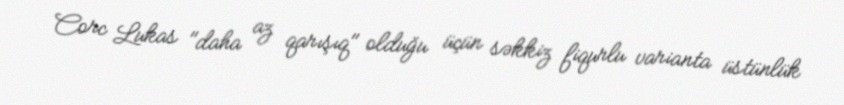
Corc Lukas "daha az qarışıq" olduğu üçün səkkiz fiqurlu varianta üstünlük